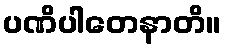
ပဏိပါတေနာတိ။